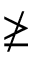
\ngeq